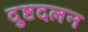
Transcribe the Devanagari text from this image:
दुष्टदलन